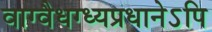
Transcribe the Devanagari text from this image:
वाग्वैधग्ध्यप्रधानेऽपि